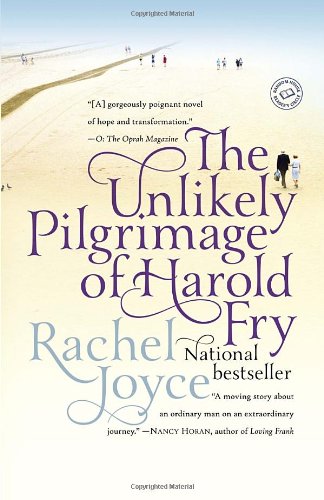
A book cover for The Unlikely Pilgrimage of Harold Fry: A Novel; Rachel Joyce; Literature & Fiction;